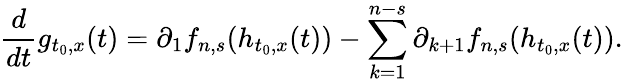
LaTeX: \frac{d}{dt}g_{t_{0},x}(t)=\partial_{1}f_{n,s}(h_{t_{0},x}(t))-\sum_{k=1}^{n-s}\partial_{k+1}f_{n,s}(h_{t_{0},x}(t)).